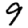
Digit: 9